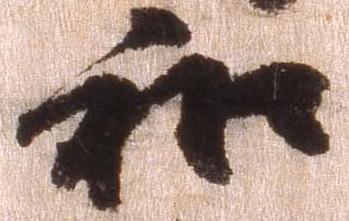
和